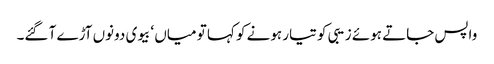
واپس جاتے ہوئے زیبی کو تیار ہونے کو کہا تو میاں ‘ بیوی دونوں آڑے آ گئے۔